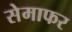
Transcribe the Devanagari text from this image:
सेमाफर